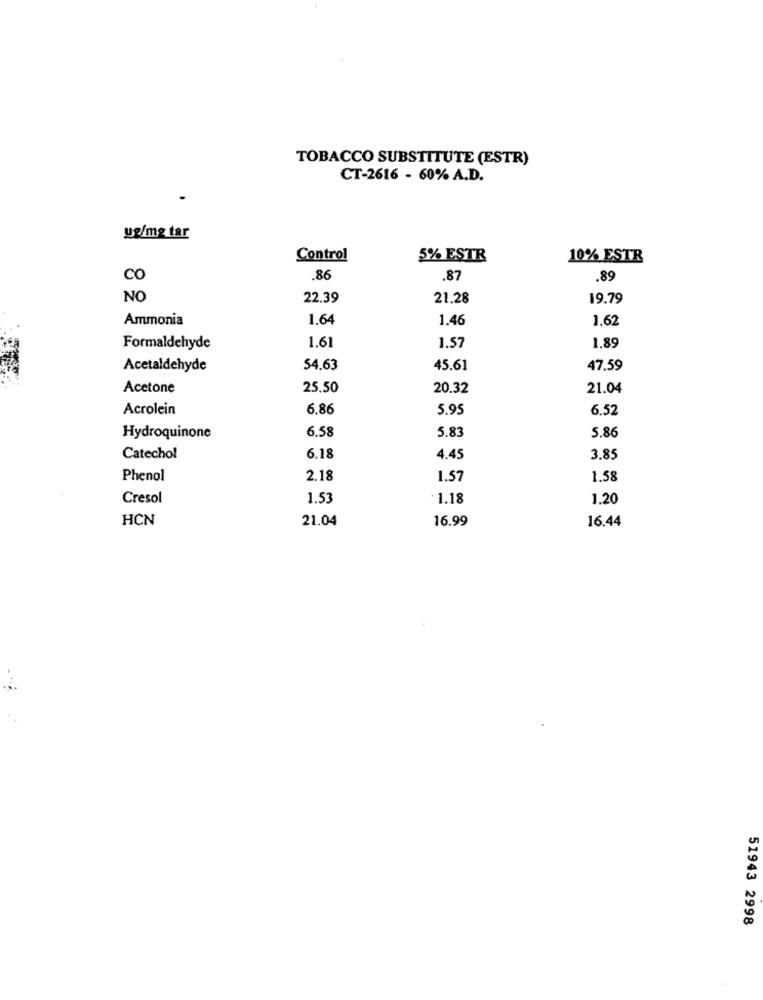
TOBACCO SUBSTITUTE (ESTR)
CT-2616 - 60% A.D.
ug/mg tar
Control
5% ESTR
10% ESTR
co
.86
.87
.89
NO
22.39
21,28
19.79
Ammonia
1.64
1.46
1.62
1.61
1.89
Formaldehyde
1.57
Acetaldehyde
54.63
45.61
47.59
Acetone
25.50
20.32
21.04
Acrolein
6.86
5.95
6.52
6.58
5.83
Hydroquinone
5.86
Catechol
6.18
4.45
3.85
Phenol
2.18
1.57
1.58
Cresol
1.53
* 1.18
1.20
HCN
21.04
16.99
16.44
51943 2998